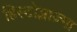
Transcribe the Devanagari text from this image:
हिस्टोप्लाज़्मा